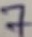
Text: 7